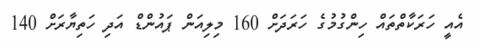
އެއީ ހަރަކާތްތައް ހިންގުމުގެ ހަރަދަށް 160 މިލިއަން ޕައުންޑް އަދި ހަތިޔާރަށް 140